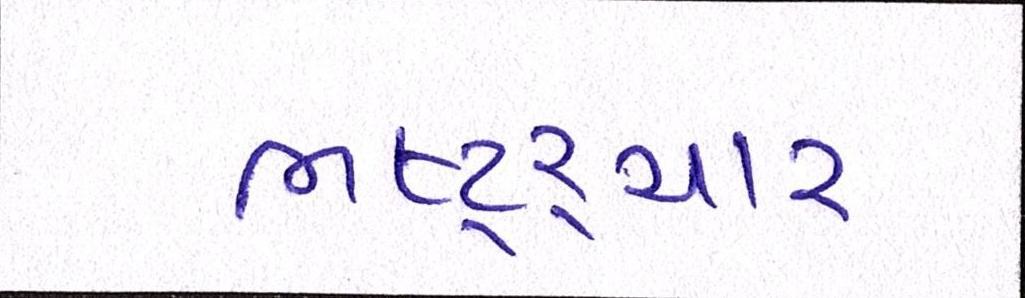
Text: ભષ્ટ્ર્ચાર